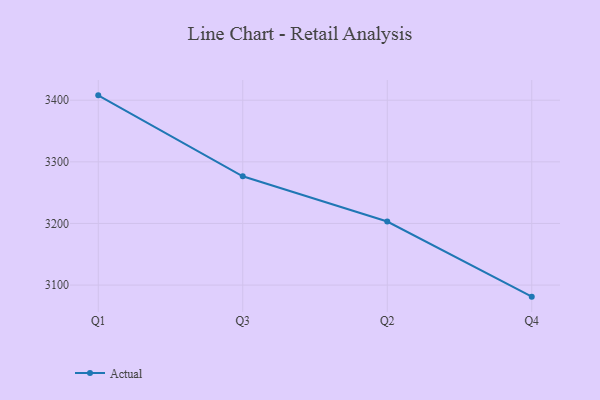
{"axis": {"x": "Quarter", "y": "Shipments"}, "legend": ["Actual"], "data": [{"x": "Q1", "y": 3407.9, "type": "Actual"}, {"x": "Q3", "y": 3276.6, "type": "Actual"}, {"x": "Q2", "y": 3203.1, "type": "Actual"}, {"x": "Q4", "y": 3081.2, "type": "Actual"}]}